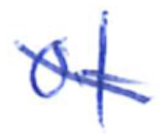
Text: of
Cross-out: diagonal
Writing tool: ballpoint